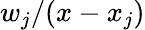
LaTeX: w_{j}/(x-x_{j})